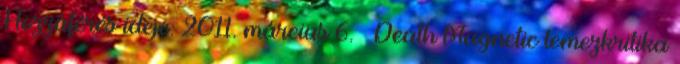
Hozzáférés ideje: 2011. március 6. ↑ Death Magnetic lemezkritika